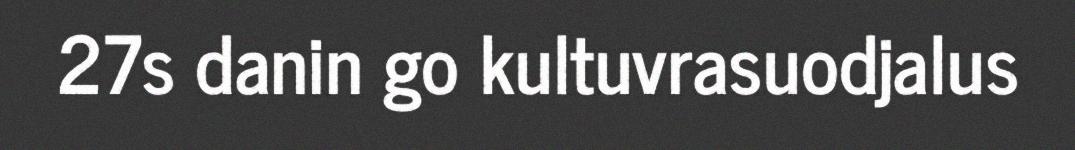
27s danin go kultuvrasuodjalus